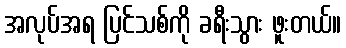
အလုပ်အရ ပြင်သစ်ကို ခရီးသွား ဖူးတယ်။